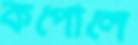
কপোলে